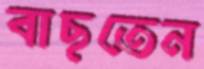
বাছতেন